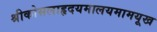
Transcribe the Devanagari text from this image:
श्रीकोसलाहृदयमालयमामयूख